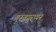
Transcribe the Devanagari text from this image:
गुरुवयुरप्पन